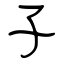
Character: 子